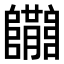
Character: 𨽝